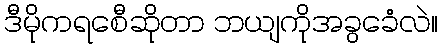
ဒီမိုကရစေီဆိုတာ ဘယျကိုအခွခေံလဲ။